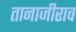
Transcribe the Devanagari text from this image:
तानाजीराव